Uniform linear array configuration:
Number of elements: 12
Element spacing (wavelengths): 0.5
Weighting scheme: kaiser
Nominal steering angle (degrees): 0
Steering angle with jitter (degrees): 1.079
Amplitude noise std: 0.05
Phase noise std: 0.05

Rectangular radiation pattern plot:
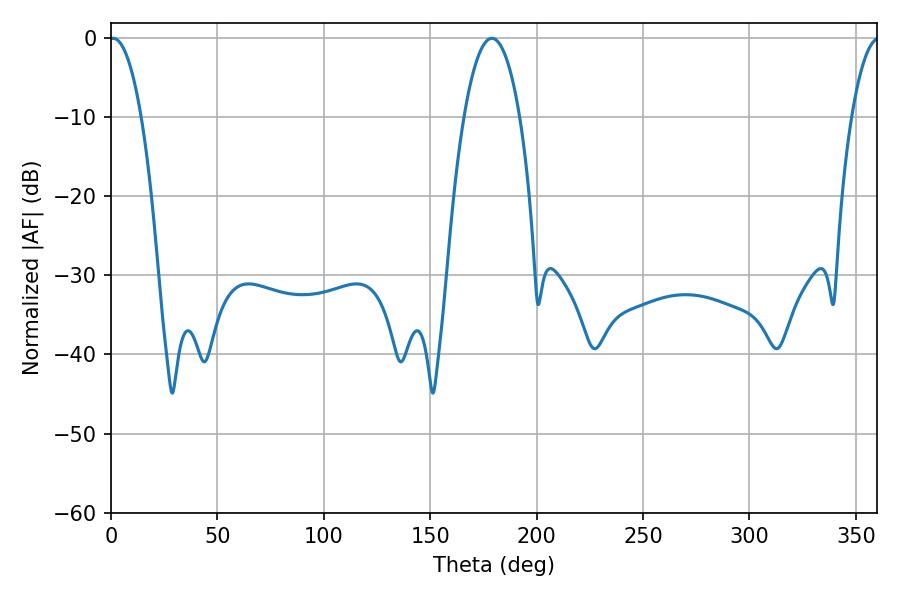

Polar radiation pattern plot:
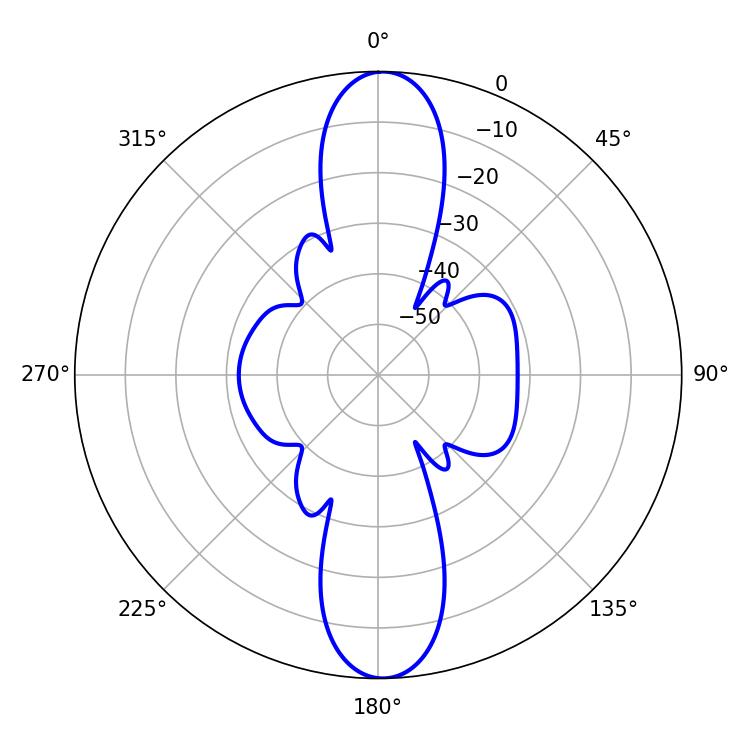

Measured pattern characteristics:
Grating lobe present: FALSE
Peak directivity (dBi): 22.984
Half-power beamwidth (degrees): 8.28
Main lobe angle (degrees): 1.08